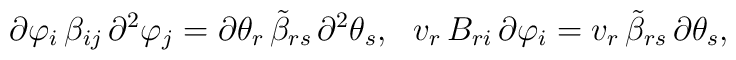
\partial\varphi_i\,\beta_{ij}\,\partial^2\varphi_j =     \partial\theta_r\,{\tilde\beta}_{rs}\,\partial^2\theta_s,\ \     v_r\,B_{ri}\,\partial\varphi_i =v_r\,{\tilde\beta}_{rs}\,\partial\theta_s,